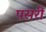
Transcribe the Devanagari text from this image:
पसरीं